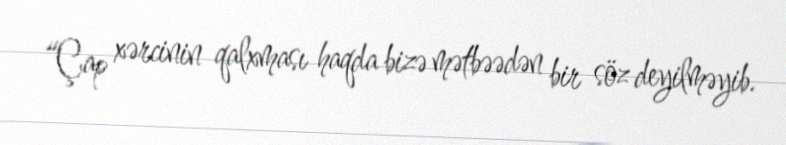
“Çap xərcinin qalxması haqda bizə mətbəədən bir söz deyilməyib.